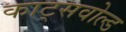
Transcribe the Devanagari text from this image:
काट्सवोल्ड